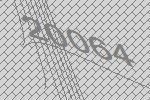
20064